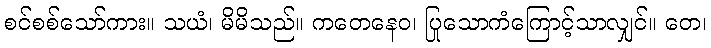
စင်စစ်သော်ကား။ သယံ၊ မိမိသည်။ ကတေနေဝ၊ ပြုသောကံကြောင့်သာလျှင်။ တေ၊